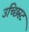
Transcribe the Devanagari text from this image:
उच्छिस्ट